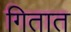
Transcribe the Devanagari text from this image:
गितात